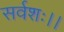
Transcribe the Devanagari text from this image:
सर्वशः।।